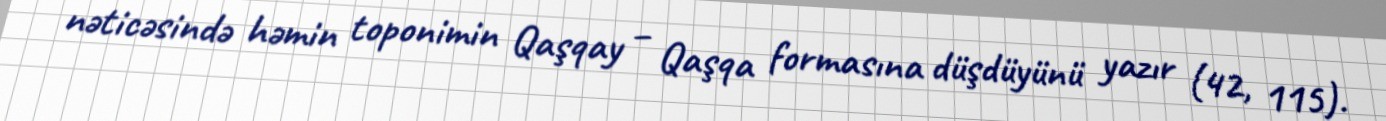
nəticəsində həmin toponimin Qaşqay – Qaşqa formasına düşdüyünü yazır (42, 115).